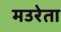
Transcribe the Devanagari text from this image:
मउरेता